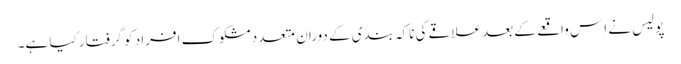
پولیس نے اِس واقعے کے بعد علاقے کی ناکہ بندی کے دوران متعدد مشکوک افراد کو گرفتار کیا ہے۔